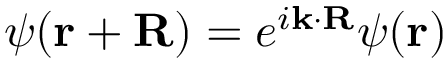
\psi ( \mathbf { r + R } ) = e ^ { i \mathbf { k } \cdot \mathbf { R } } \psi ( \mathbf { r } )